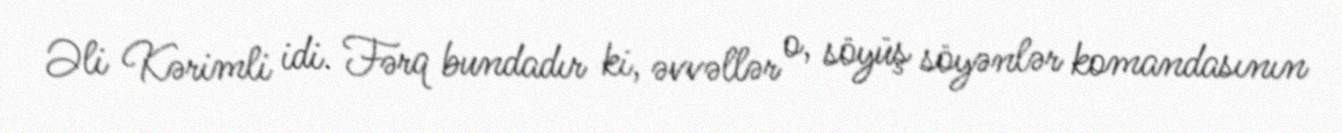
Əli Kərimli idi. Fərq bundadır ki, əvvəllər o, söyüş söyənlər komandasının